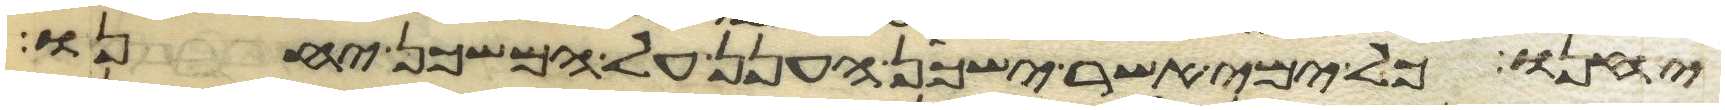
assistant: יחנו כל ימי אשר ישכן הענן על המשכן יחנו